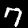
Label: 7